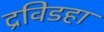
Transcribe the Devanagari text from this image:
द्रविडहा